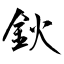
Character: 鈥